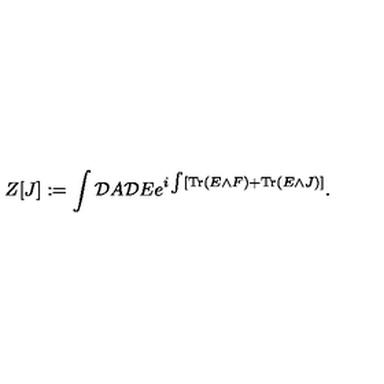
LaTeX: Z [ J ] : = \int { \cal D } A { \cal D } E e ^ { i \int [ \mathrm { T r } \left( E \wedge F \right) + \mathrm { T r } \left( E \wedge J \right) ] } .